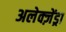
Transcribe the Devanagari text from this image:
अलेक्ज़ेंड्रा